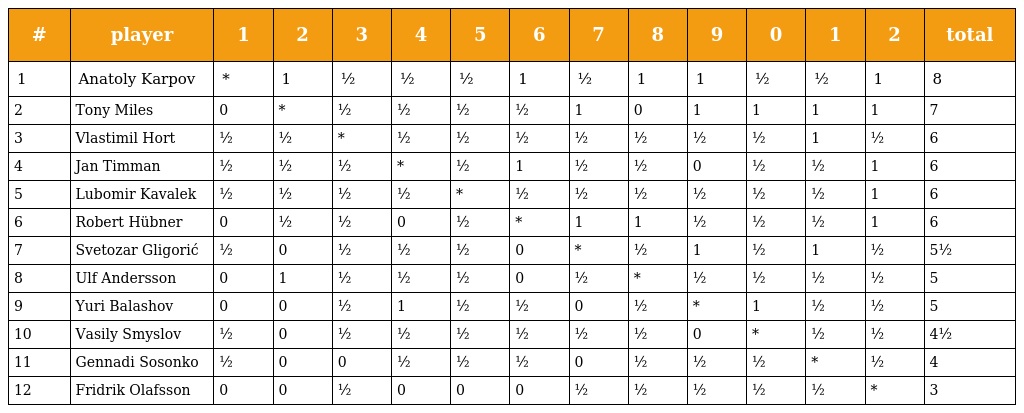
| # | player | 1 | 2 | 3 | 4 | 5 | 6 | 7 | 8 | 9 | 0 | 1 | 2 | total |
 | --- | --- | --- | --- | --- | --- | --- | --- | --- | --- | --- | --- | --- | --- | --- |
 | 1 | Anatoly Karpov | * | 1 | ½ | ½ | ½ | 1 | ½ | 1 | 1 | ½ | ½ | 1 | 8 |
 | 2 | Tony Miles | 0 | * | ½ | ½ | ½ | ½ | 1 | 0 | 1 | 1 | 1 | 1 | 7 |
 | 3 | Vlastimil Hort | ½ | ½ | * | ½ | ½ | ½ | ½ | ½ | ½ | ½ | 1 | ½ | 6 |
 | 4 | Jan Timman | ½ | ½ | ½ | * | ½ | 1 | ½ | ½ | 0 | ½ | ½ | 1 | 6 |
 | 5 | Lubomir Kavalek | ½ | ½ | ½ | ½ | * | ½ | ½ | ½ | ½ | ½ | ½ | 1 | 6 |
 | 6 | Robert Hübner | 0 | ½ | ½ | 0 | ½ | * | 1 | 1 | ½ | ½ | ½ | 1 | 6 |
 | 7 | Svetozar Gligorić | ½ | 0 | ½ | ½ | ½ | 0 | * | ½ | 1 | ½ | 1 | ½ | 5½ |
 | 8 | Ulf Andersson | 0 | 1 | ½ | ½ | ½ | 0 | ½ | * | ½ | ½ | ½ | ½ | 5 |
 | 9 | Yuri Balashov | 0 | 0 | ½ | 1 | ½ | ½ | 0 | ½ | * | 1 | ½ | ½ | 5 |
 | 10 | Vasily Smyslov | ½ | 0 | ½ | ½ | ½ | ½ | ½ | ½ | 0 | * | ½ | ½ | 4½ |
 | 11 | Gennadi Sosonko | ½ | 0 | 0 | ½ | ½ | ½ | 0 | ½ | ½ | ½ | * | ½ | 4 |
 | 12 | Fridrik Olafsson | 0 | 0 | ½ | 0 | 0 | 0 | ½ | ½ | ½ | ½ | ½ | * | 3 |